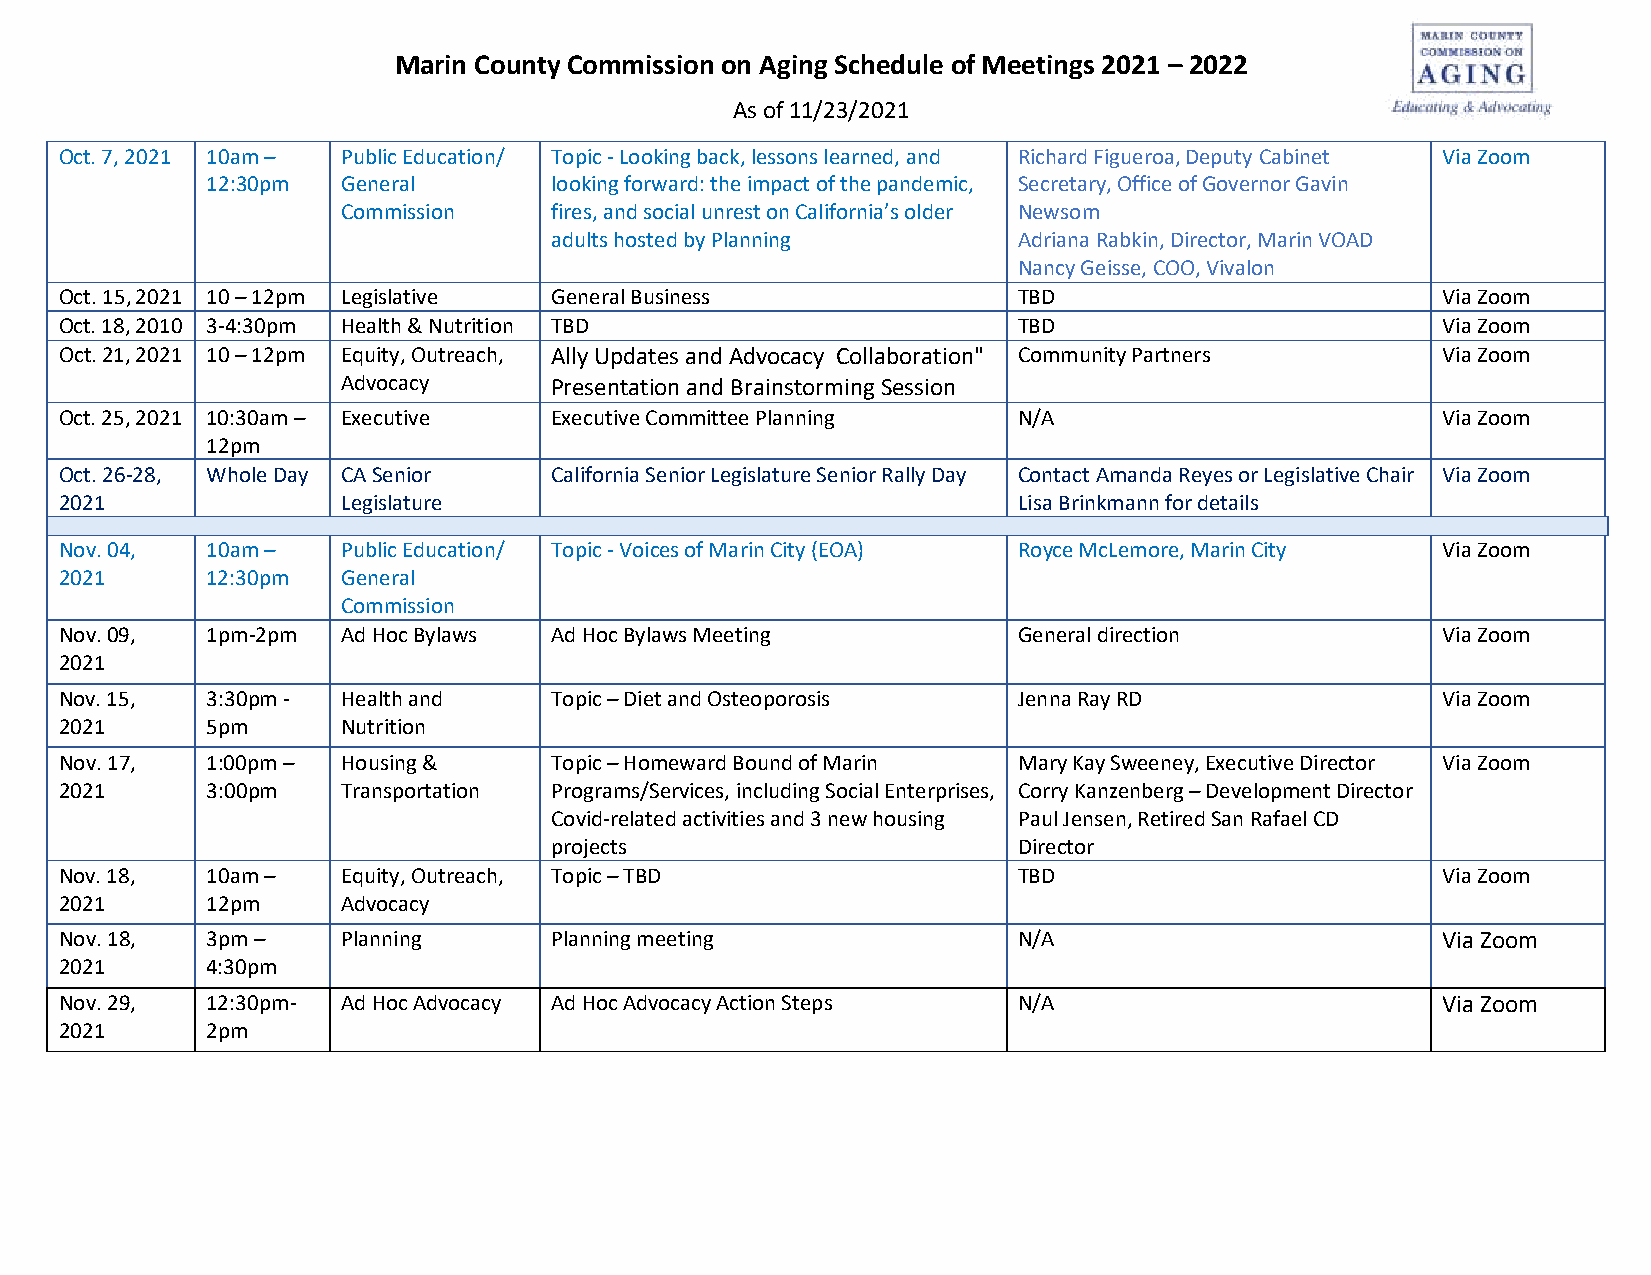
Marin County Commission on Aging Schedule of Meetings 2021 – 2022
 As of 11/23/2021
 Oct. 7, 2021 10am – Public Education/ Topic - Looking back, lessons learned, and Richard Figueroa, Deputy Cabinet Via Zoom
 12:30pm  General      looking forward: the impact of the pandemic, Secretary, Office of Governor Gavin
 Commission   fires, and social unrest on California’s older Newsom
 adults hosted by Planning      Adriana Rabkin, Director, Marin VOAD
 Nancy Geisse, COO, Vivalon
 Oct. 15, 2021 10 – 12pm Legislative General Business           TBD                         Via Zoom
 Oct. 18, 2010 3-4:30pm Health & Nutrition TBD                  TBD                         Via Zoom
 Oct. 21, 2021 10 – 12pm Equity, Outreach, Ally Updates and Advocacy Collaboration" Community Partners Via Zoom
 Advocacy     Presentation and Brainstorming Session
 Oct. 25, 2021 10:30am – Executive Executive Committee Planning N/A                         Via Zoom
 12pm
 Oct. 26-28, Whole Day CA Senior California Senior Legislature Senior Rally Day Contact Amanda Reyes or Legislative Chair Via Zoom
 2021               Legislature                                 Lisa Brinkmann for details
 Nov. 04,  10am –   Public Education/ Topic - Voices of Marin City (EOA) Royce McLemore, Marin City Via Zoom
 2021      12:30pm  General
 Commission
 Nov. 09,  1pm-2pm  Ad Hoc Bylaws Ad Hoc Bylaws Meeting         General direction           Via Zoom
 2021
 Nov. 15,  3:30pm - Health and   Topic – Diet and Osteoporosis  Jenna Ray RD                Via Zoom
 2021      5pm      Nutrition
 Nov. 17,  1:00pm – Housing &    Topic – Homeward Bound of Marin Mary Kay Sweeney, Executive Director Via Zoom
 2021      3:00pm   Transportation Programs/Services, including Social Enterprises, Corry Kanzenberg – Development Director
 Covid-related activities and 3 new housing Paul Jensen, Retired San Rafael CD
 projects                       Director
 Nov. 18,  10am –   Equity, Outreach, Topic – TBD               TBD                         Via Zoom
 2021      12pm     Advocacy
 Nov. 18,  3pm –    Planning     Planning meeting               N/A                         Via Zoom
 2021      4:30pm
 Nov. 29,  12:30pm- Ad Hoc Advocacy Ad Hoc Advocacy Action Steps N/A                        Via Zoom
 2021      2pm